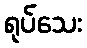
ရုပ်သေး